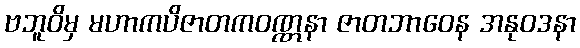
ဗဘူဝိမှ မဟာကပိဇာတကဝဏ္ဏနာ ဇာတဘာဝေန အနုဝဒနာ